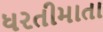
ધરતીમાતા